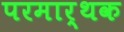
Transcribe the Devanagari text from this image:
परमार्थक